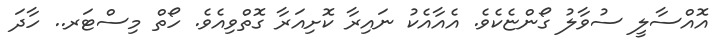
އޮއްސާލީ ސުވާލު ގޯންޏެކެވެ. އެއާއެކު ނައިރާ ކޮށިއަރާ ގޮތްވިއެވެ. ހޯތް މިސްޓަރ.. ހާދަ